NAE_Eesti_seltside_protokollid_1900-1917, lk 6
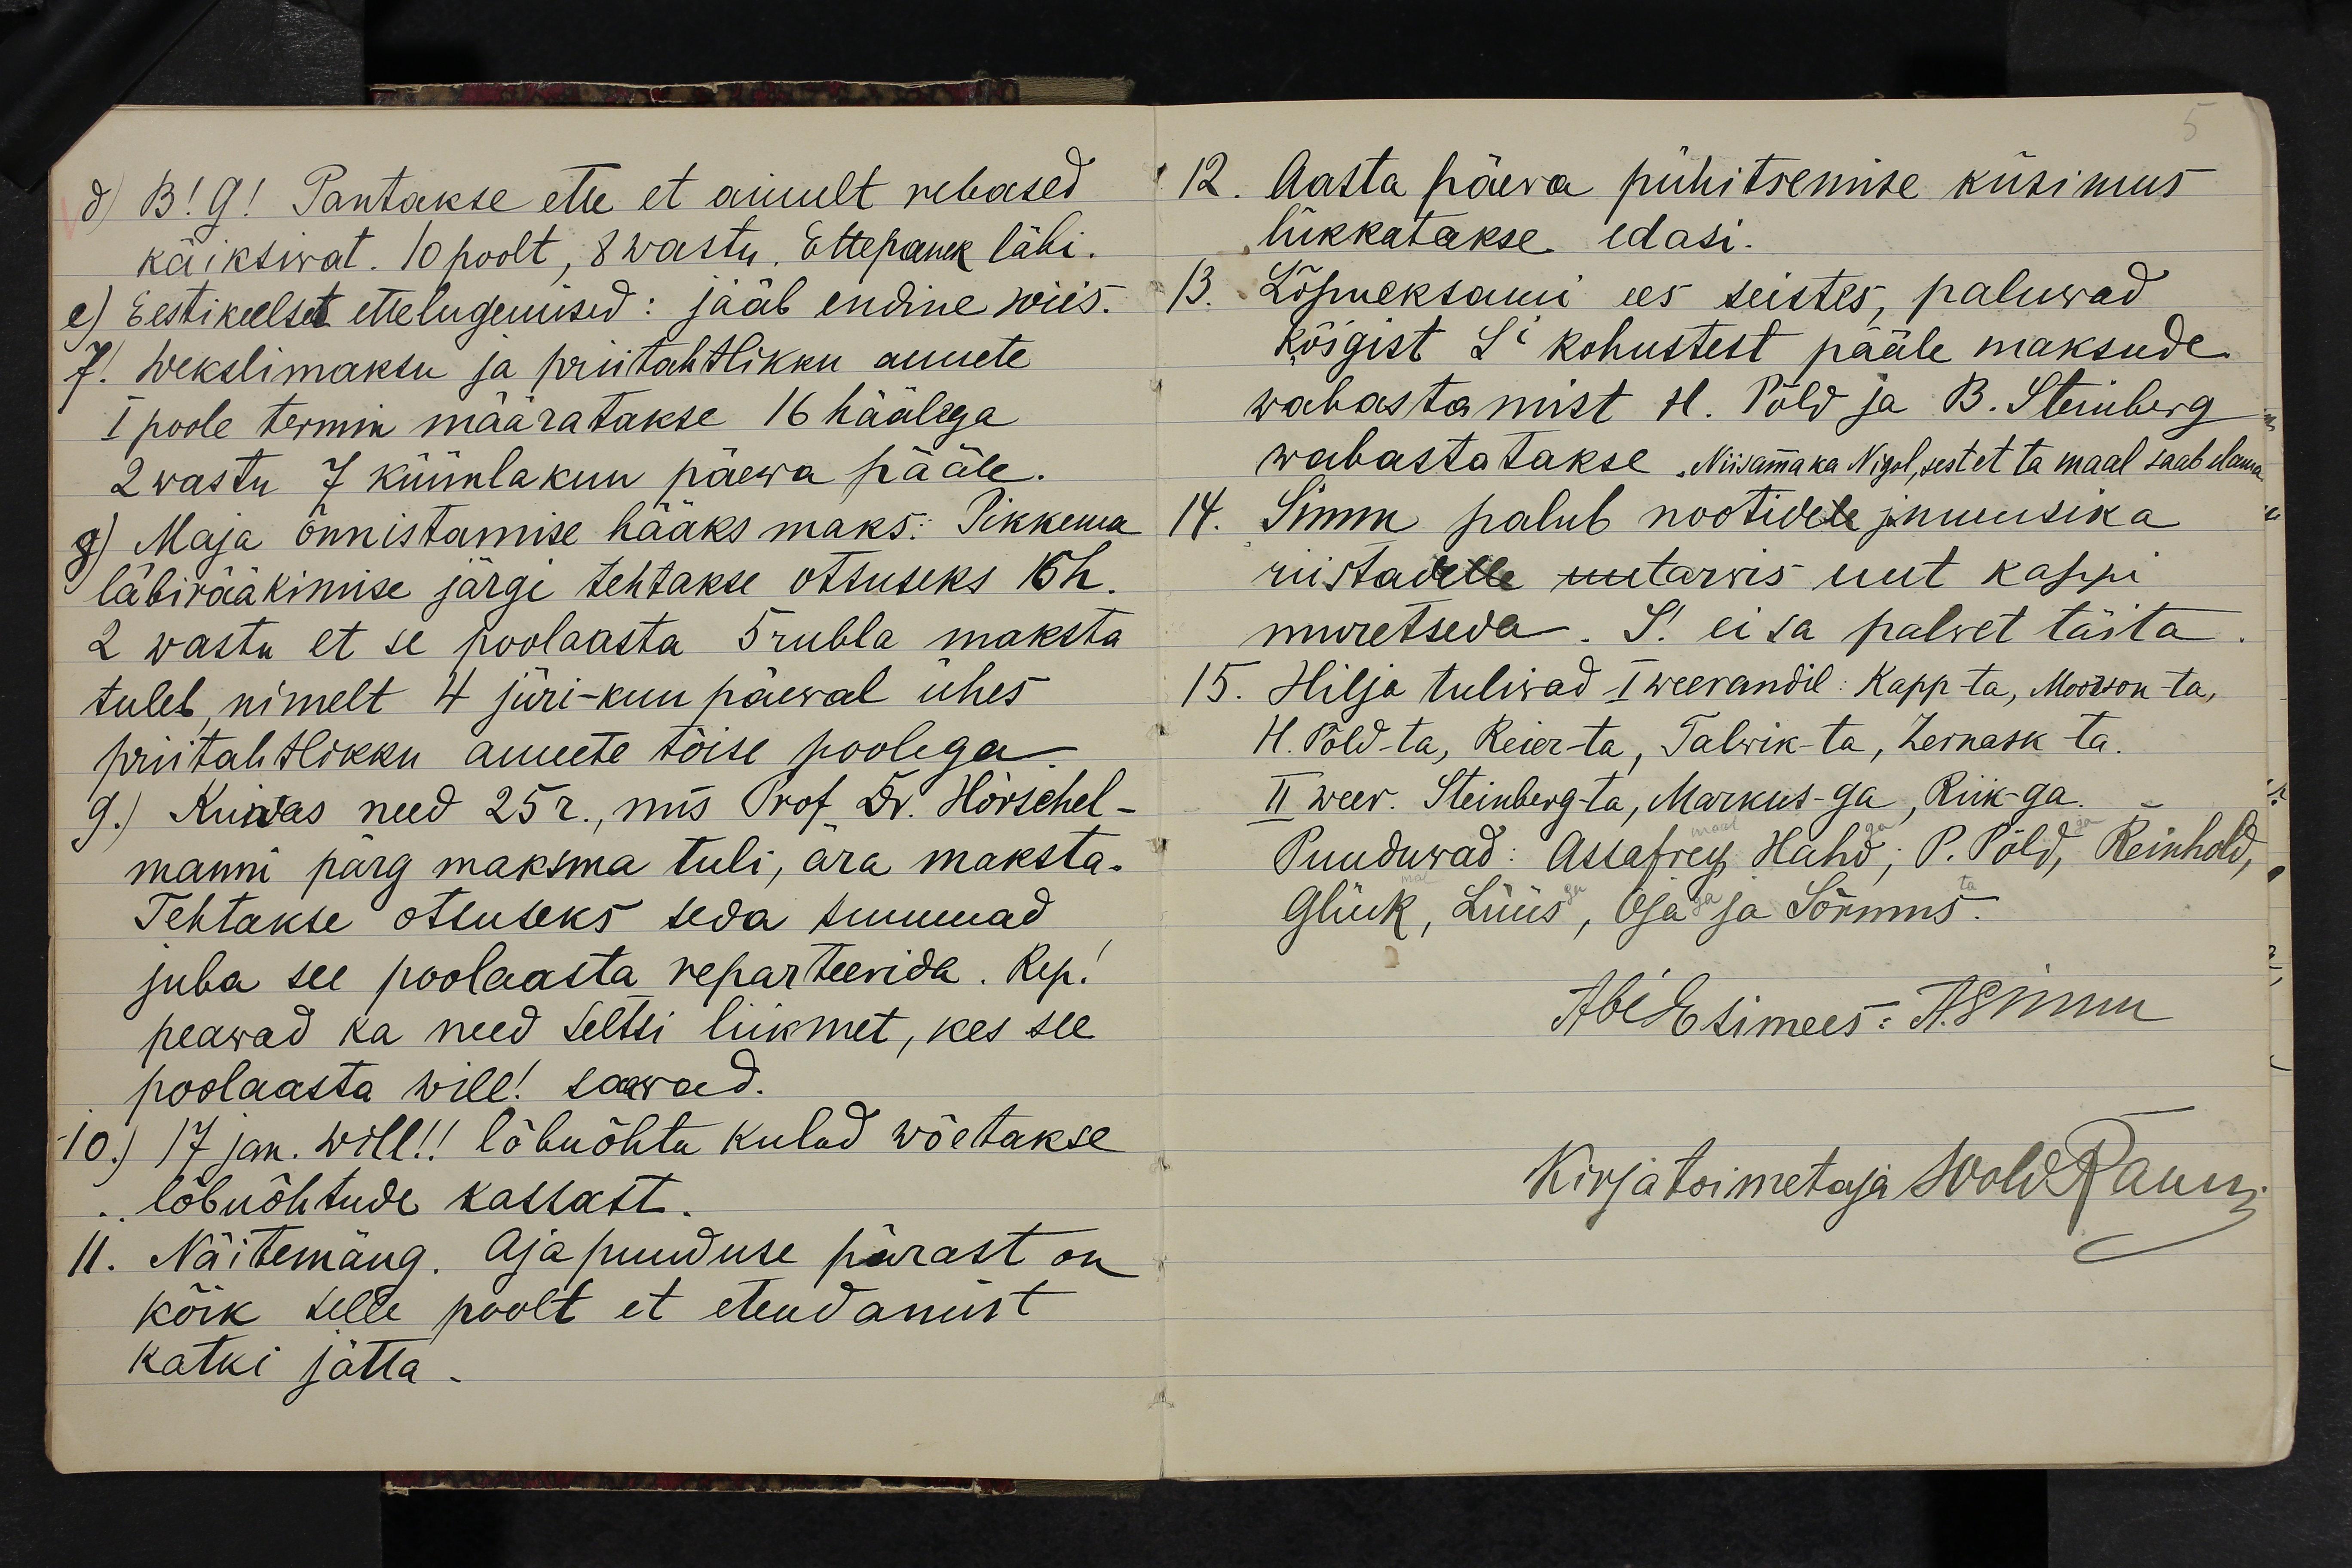
3) B! G! Pantakse ette et ainult rebased
käiksiwat. 10 poolt, 8 wastu. Ettepanek läbi.
e) Eestikeelset ettelugemised: saab endine wiis.
f. wekslimaksu ja priittahtlikku annete
I poole termin määratakse 16 häälega
2 wastu 7 küünlakuu päewa pääle.
8) Maja õnnistamise hääks maks: Pikkema
läbirääkimise järgi tehtakse otsuseks 15h.
2 vastu et se poolaasta 5 rubla maksta
tuleb nimelt 4 jüri-kuu päeval ühes
priitahtlikku annete tõise poolega
9.) Kuidas need 25r. mis Prof Dr. Hörschel-
manni pärg maksma tuli, ära maksta.
Tehtakse otsuseks seda summad
juba see poolaasta reparteerida. Rep.
peawad ka need seltsi liikmet, kes see
poolaasta will! saawad.
10) 17 jan. will!! lõbuõhtu kulud wõetakse
lõbuõhtude kassast.
11. Näitemang. Ajapuuduse pärast on
kõik selle poolt et etendamist
katki jätta.

Aasta päeva pühitsemise küsimus
lükkatakse edasi.
13. Lõpueksami ees seistes, paluwad
kõigist Si kohustest pääle maksude
wabastamist H. Põld ja B. Steinberg
wabastatakse Niisama ka Nigol, sest et ta maal saab elama
Simm palub nootidele ja muusika
riistadelle uutarvis uut kappi
muretseda. S. ei sa palvet täita.
15. Hilja tulivad 1 weerandil: Kapp -ta, Moorson -ta,
H. Põld -ta, Reier -ta, Talwik -ta, Zernask -ta.
II weer. Steinberg -ta, Markus -ga, Riik -ga